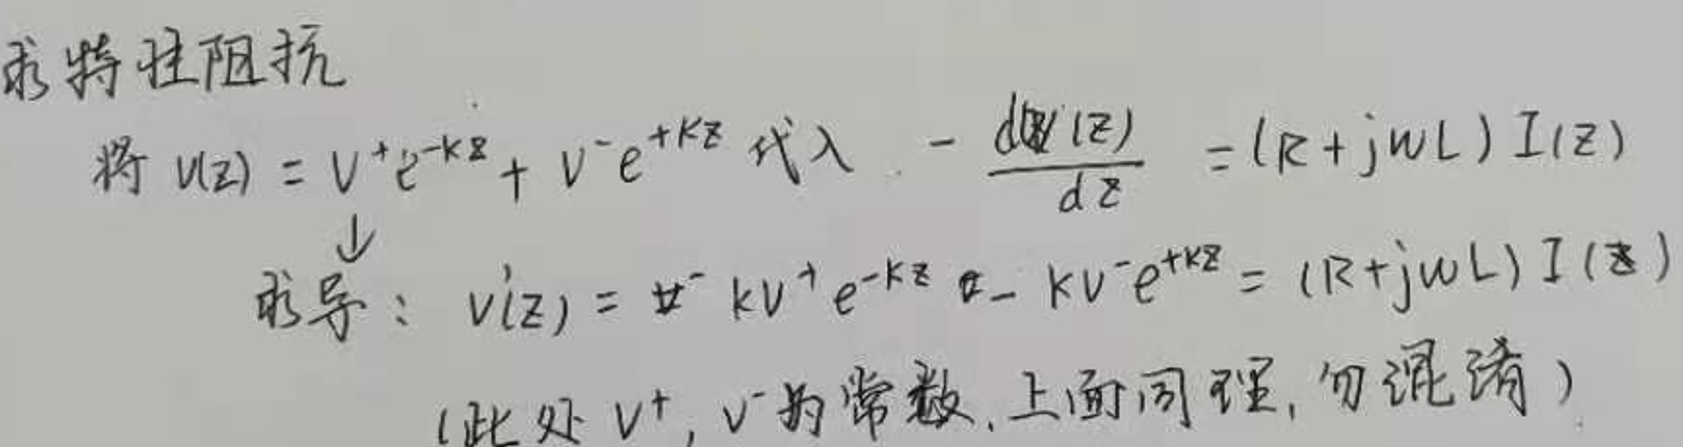
求特性阻抗
将 \(u(z) = V^+ e^{-kz}+V^- e^{+kz}\) 代入 \(-\frac{du(z)}{dz}=(R + j\omega L)I(z)\)
求导： \(u'(z)= -kV^+ e^{-kz}-kV^- e^{+kz}=(R + j\omega L)I(z)\)
（此处 \(V^+\)，\(V^-\) 为常数，上面同理，勿混淆）